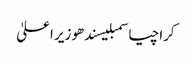
کراچیاسمبلیسندھوزیر اعلیٰ